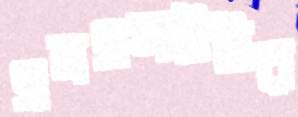
এনএসইউর